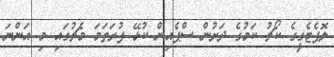
ލޮޕެޓެގީގެ ކޯޗު ކަމުގެ ދަށުން ސްޕެއިން ކުޅޭ ފުރަތަމަ މެޗުގައި މި އަންނަ